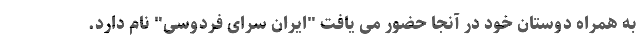
به همراه دوستان خود در آنجا حضور می یافت "ایران سرای فردوسی" نام دارد.